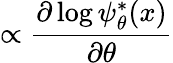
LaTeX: \propto\frac{\partial\log\psi_{\theta}^{*}(x)}{\partial\theta}